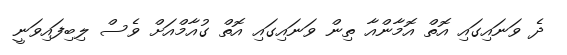
ދެ ވަނައިގައި އޮތް އޮމާންއާ ތިން ވަނައިގައި އޮތް ގުއާމްއަށް ވެސް ލިބިފައިވަނީ